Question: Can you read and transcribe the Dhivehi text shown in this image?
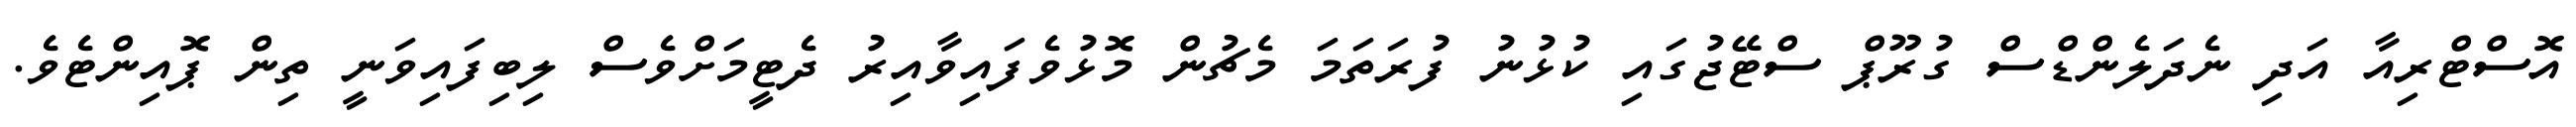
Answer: އޮސްޓްރިއާ އަދި ނެދަލެންޑްސް ގުރޫޕް ސްޓޭޖުގައި ކުޅުނު ފުރަތަމަ މެޗުން މޮޅުވެފައިވާއިރު ދެޓީމަށްވެސް ލިބިފައިވަނީ ތިން ޕޮއިންޓެވެ.